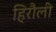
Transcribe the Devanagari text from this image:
हिरौली